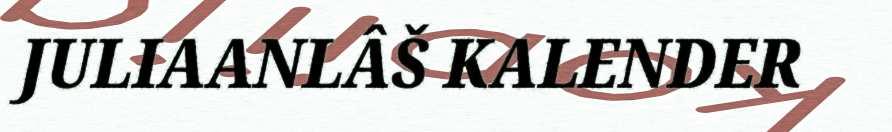
JULIAANLÂŠ KALENDER